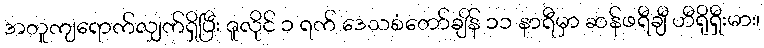
အတူကျရောက်လျှက်ရှိပြီး ဇူလိုင် ၁ ရက် ဒေသစံတော်ချိန် ၁၁ နာရီမှာ ဆန်ဖရီချီ ဟီရိုရှီးမား၊